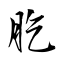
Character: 肐